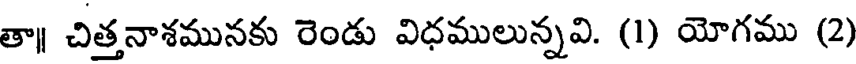
తా॥ చిత్తనాశమునకు రెండు విధములున్నవి. (1) యోగము (2)